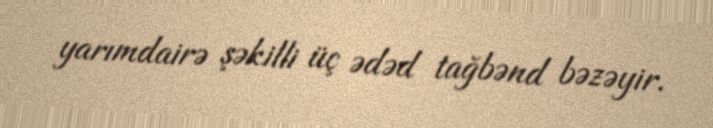
yarımdairə şəkilli üç ədəd tağbənd bəzəyir.